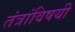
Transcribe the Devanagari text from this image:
तंत्रांविषयी